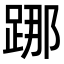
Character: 𨁌